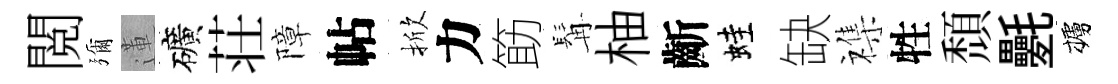
閲彌蓮礦荘障帖掀力筯髯柚齗蛙缺襍牲頹氎櫨